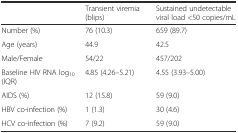
<table><thead><tr><td></td><td><b>Transient viremia (blips)</b></td><td><b>Sustained undetectable viral load &lt;50 copies/mL</b></td></tr></thead><tbody><tr><td>Number (%)</td><td>76 (10.3)</td><td>659 (89.7)</td></tr><tr><td>Age (years)</td><td>44.9</td><td>42.5</td></tr><tr><td>Male/Female</td><td>54/22</td><td>457/202</td></tr><tr><td>Baseline HIV RNA log<sub>10</sub> (IQR)</td><td>4.85 (4.26–5.21)</td><td>4.55 (3.93–5.00)</td></tr><tr><td>AIDS (%)</td><td>12 (15.8)</td><td>59 (9.0)</td></tr><tr><td>HBV co-infection (%)</td><td>1 (1.3)</td><td>30 (4.6)</td></tr><tr><td>HCV co-infection (%)</td><td>7 (9.2)</td><td>59 (9.0)</td></tr></tbody></table>